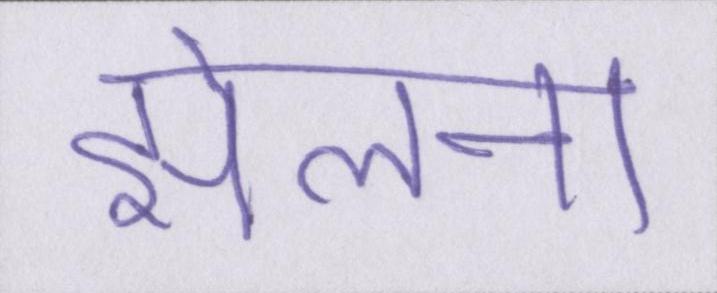
झेलना